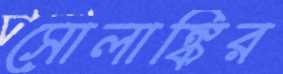
সোলাঙ্কির